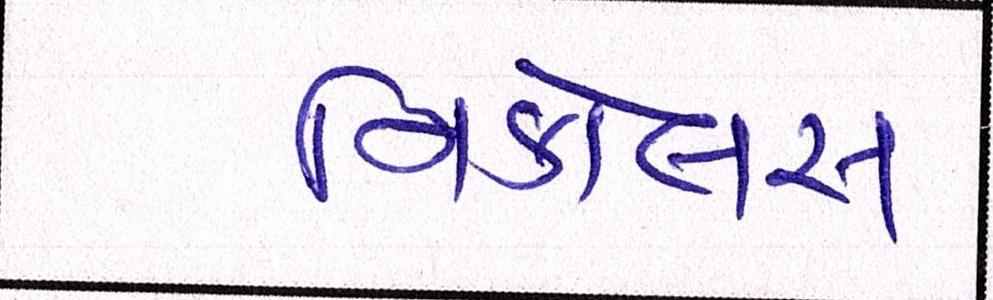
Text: નિકોલસ